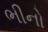
ભીનો